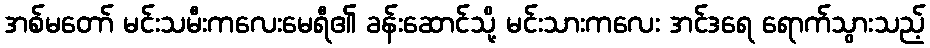
အစ်မတော် မင်းသမီးကလေးမေရီ၏ ခန်းဆောင်သို့ မင်းသားကလေး အင်ဒရေ ရောက်သွားသည့်